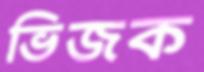
ভিজক